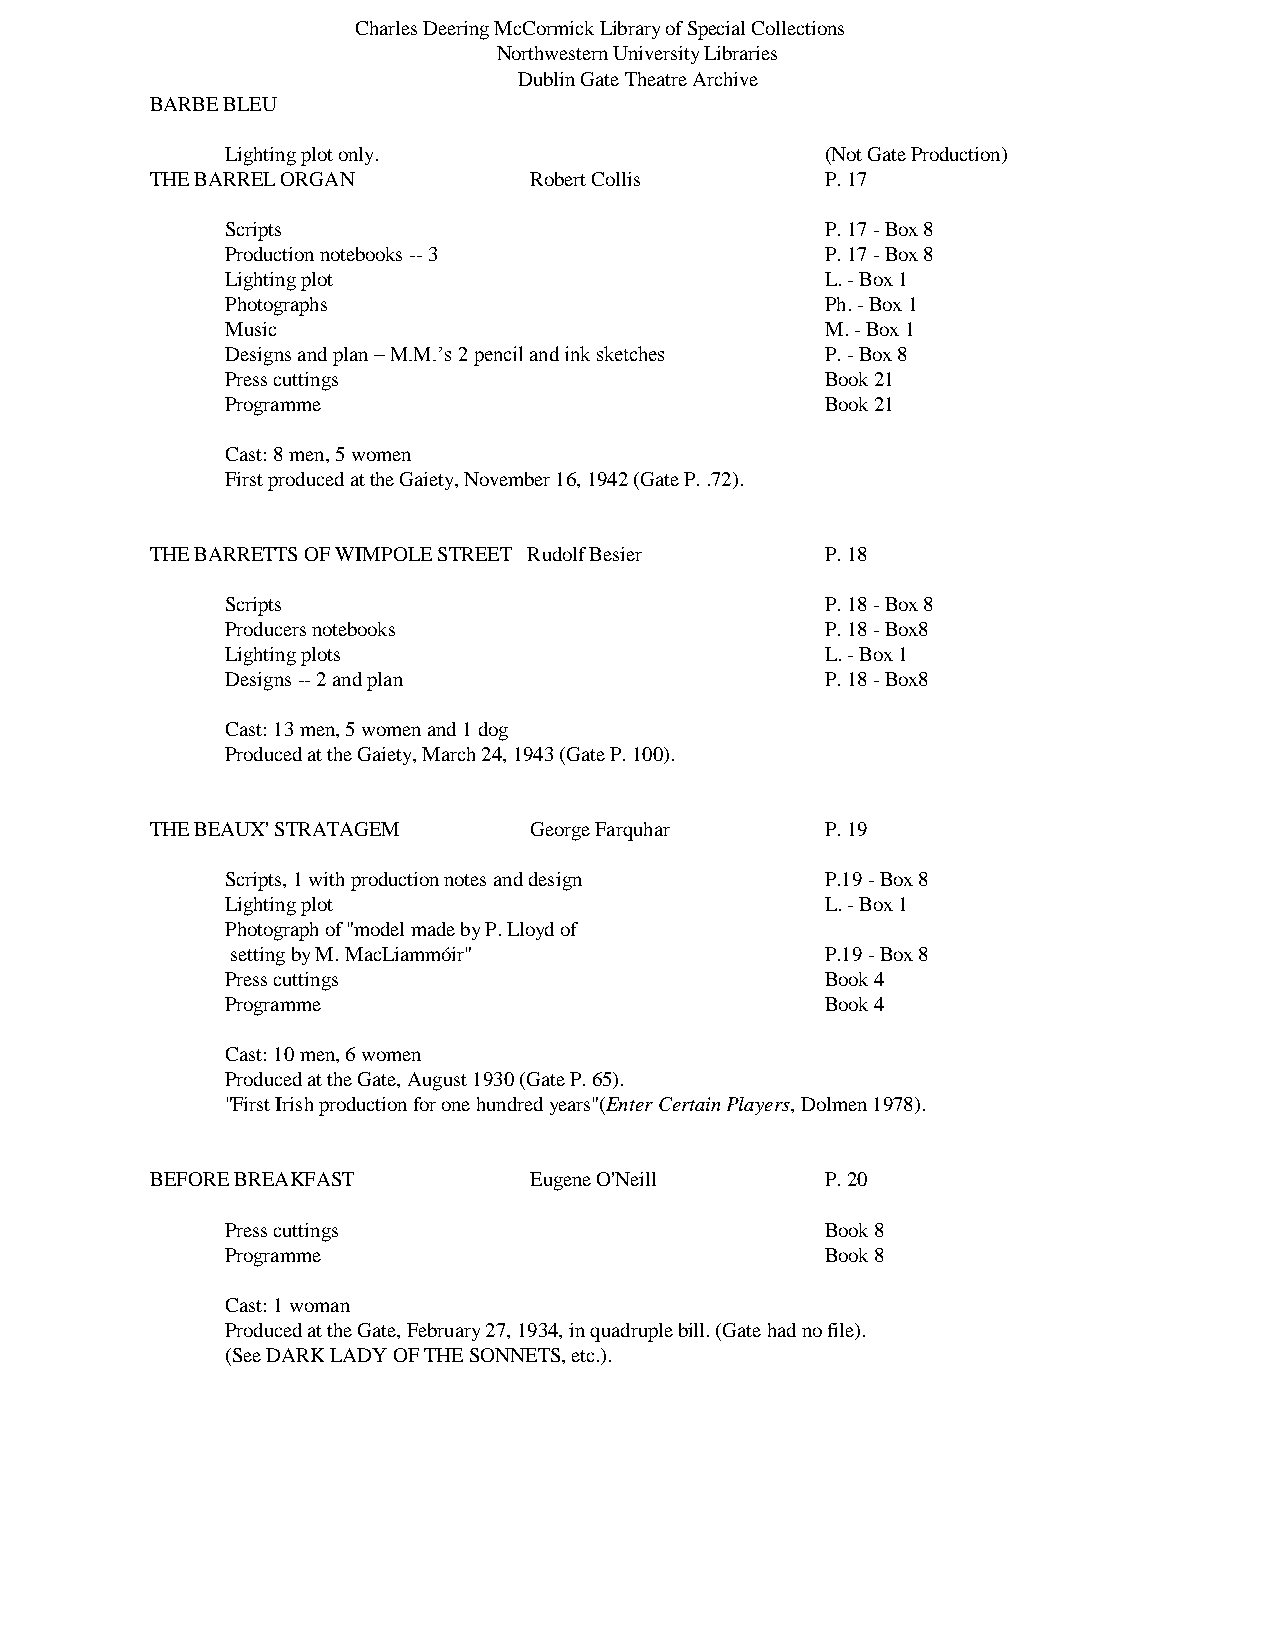
Charles Deering McCormick Library of Special Collections
 Northwestern University Libraries
 Dublin Gate Theatre Archive
 BARBE BLEU
 Lighting plot only.                     (Not Gate Production)
 THE BARREL ORGAN         Robert Collis       P. 17
 Scripts                                 P. 17 - Box 8
 Production notebooks -- 3               P. 17 - Box 8
 Lighting plot                           L. - Box 1
 Photographs                             Ph. - Box 1
 Music                                   M. - Box 1
 Designs and plan – M.M.’s 2 pencil and ink sketches P. - Box 8
 Press cuttings                          Book 21
 Programme                               Book 21
 Cast: 8 men, 5 women
 First produced at the Gaiety, November 16, 1942 (Gate P. .72).
 THE BARRETTS OF WIMPOLE STREET Rudolf Besier P. 18
 Scripts                                 P. 18 - Box 8
 Producers notebooks                     P. 18 - Box8
 Lighting plots                          L. - Box 1
 Designs -- 2 and plan                   P. 18 - Box8
 Cast: 13 men, 5 women and 1 dog
 Produced at the Gaiety, March 24, 1943 (Gate P. 100).
 THE BEAUX' STRATAGEM     George Farquhar     P. 19
 Scripts, 1 with production notes and design P.19 - Box 8
 Lighting plot                           L. - Box 1
 Photograph of "model made by P. Lloyd of
 setting by M. MacLiammóir"              P.19 - Box 8
 Press cuttings                          Book 4
 Programme                               Book 4
 Cast: 10 men, 6 women
 Produced at the Gate, August 1930 (Gate P. 65).
 "First Irish production for one hundred years"(Enter Certain Players, Dolmen 1978).
 BEFORE BREAKFAST         Eugene O'Neill      P. 20
 Press cuttings                          Book 8
 Programme                               Book 8
 Cast: 1 woman
 Produced at the Gate, February 27, 1934, in quadruple bill. (Gate had no file).
 (See DARK LADY OF THE SONNETS, etc.).